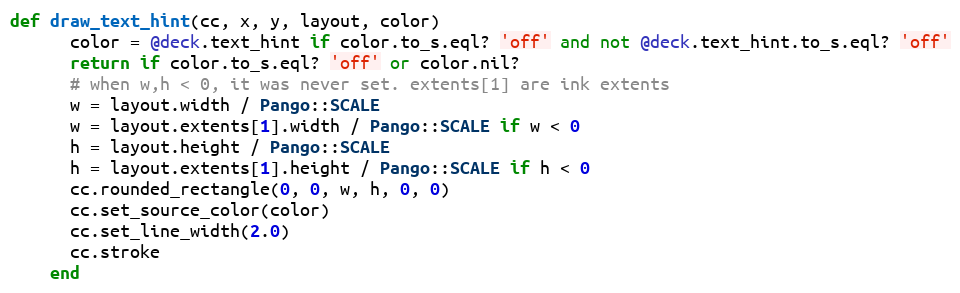
Language: Ruby
def draw_text_hint(cc, x, y, layout, color)
      color = @deck.text_hint if color.to_s.eql? 'off' and not @deck.text_hint.to_s.eql? 'off'
      return if color.to_s.eql? 'off' or color.nil?
      # when w,h < 0, it was never set. extents[1] are ink extents
      w = layout.width / Pango::SCALE
      w = layout.extents[1].width / Pango::SCALE if w < 0
      h = layout.height / Pango::SCALE
      h = layout.extents[1].height / Pango::SCALE if h < 0
      cc.rounded_rectangle(0, 0, w, h, 0, 0)
      cc.set_source_color(color)
      cc.set_line_width(2.0)
      cc.stroke
    end